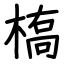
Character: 槗